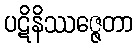
ပဋိနိဿဇ္ဇေတာ